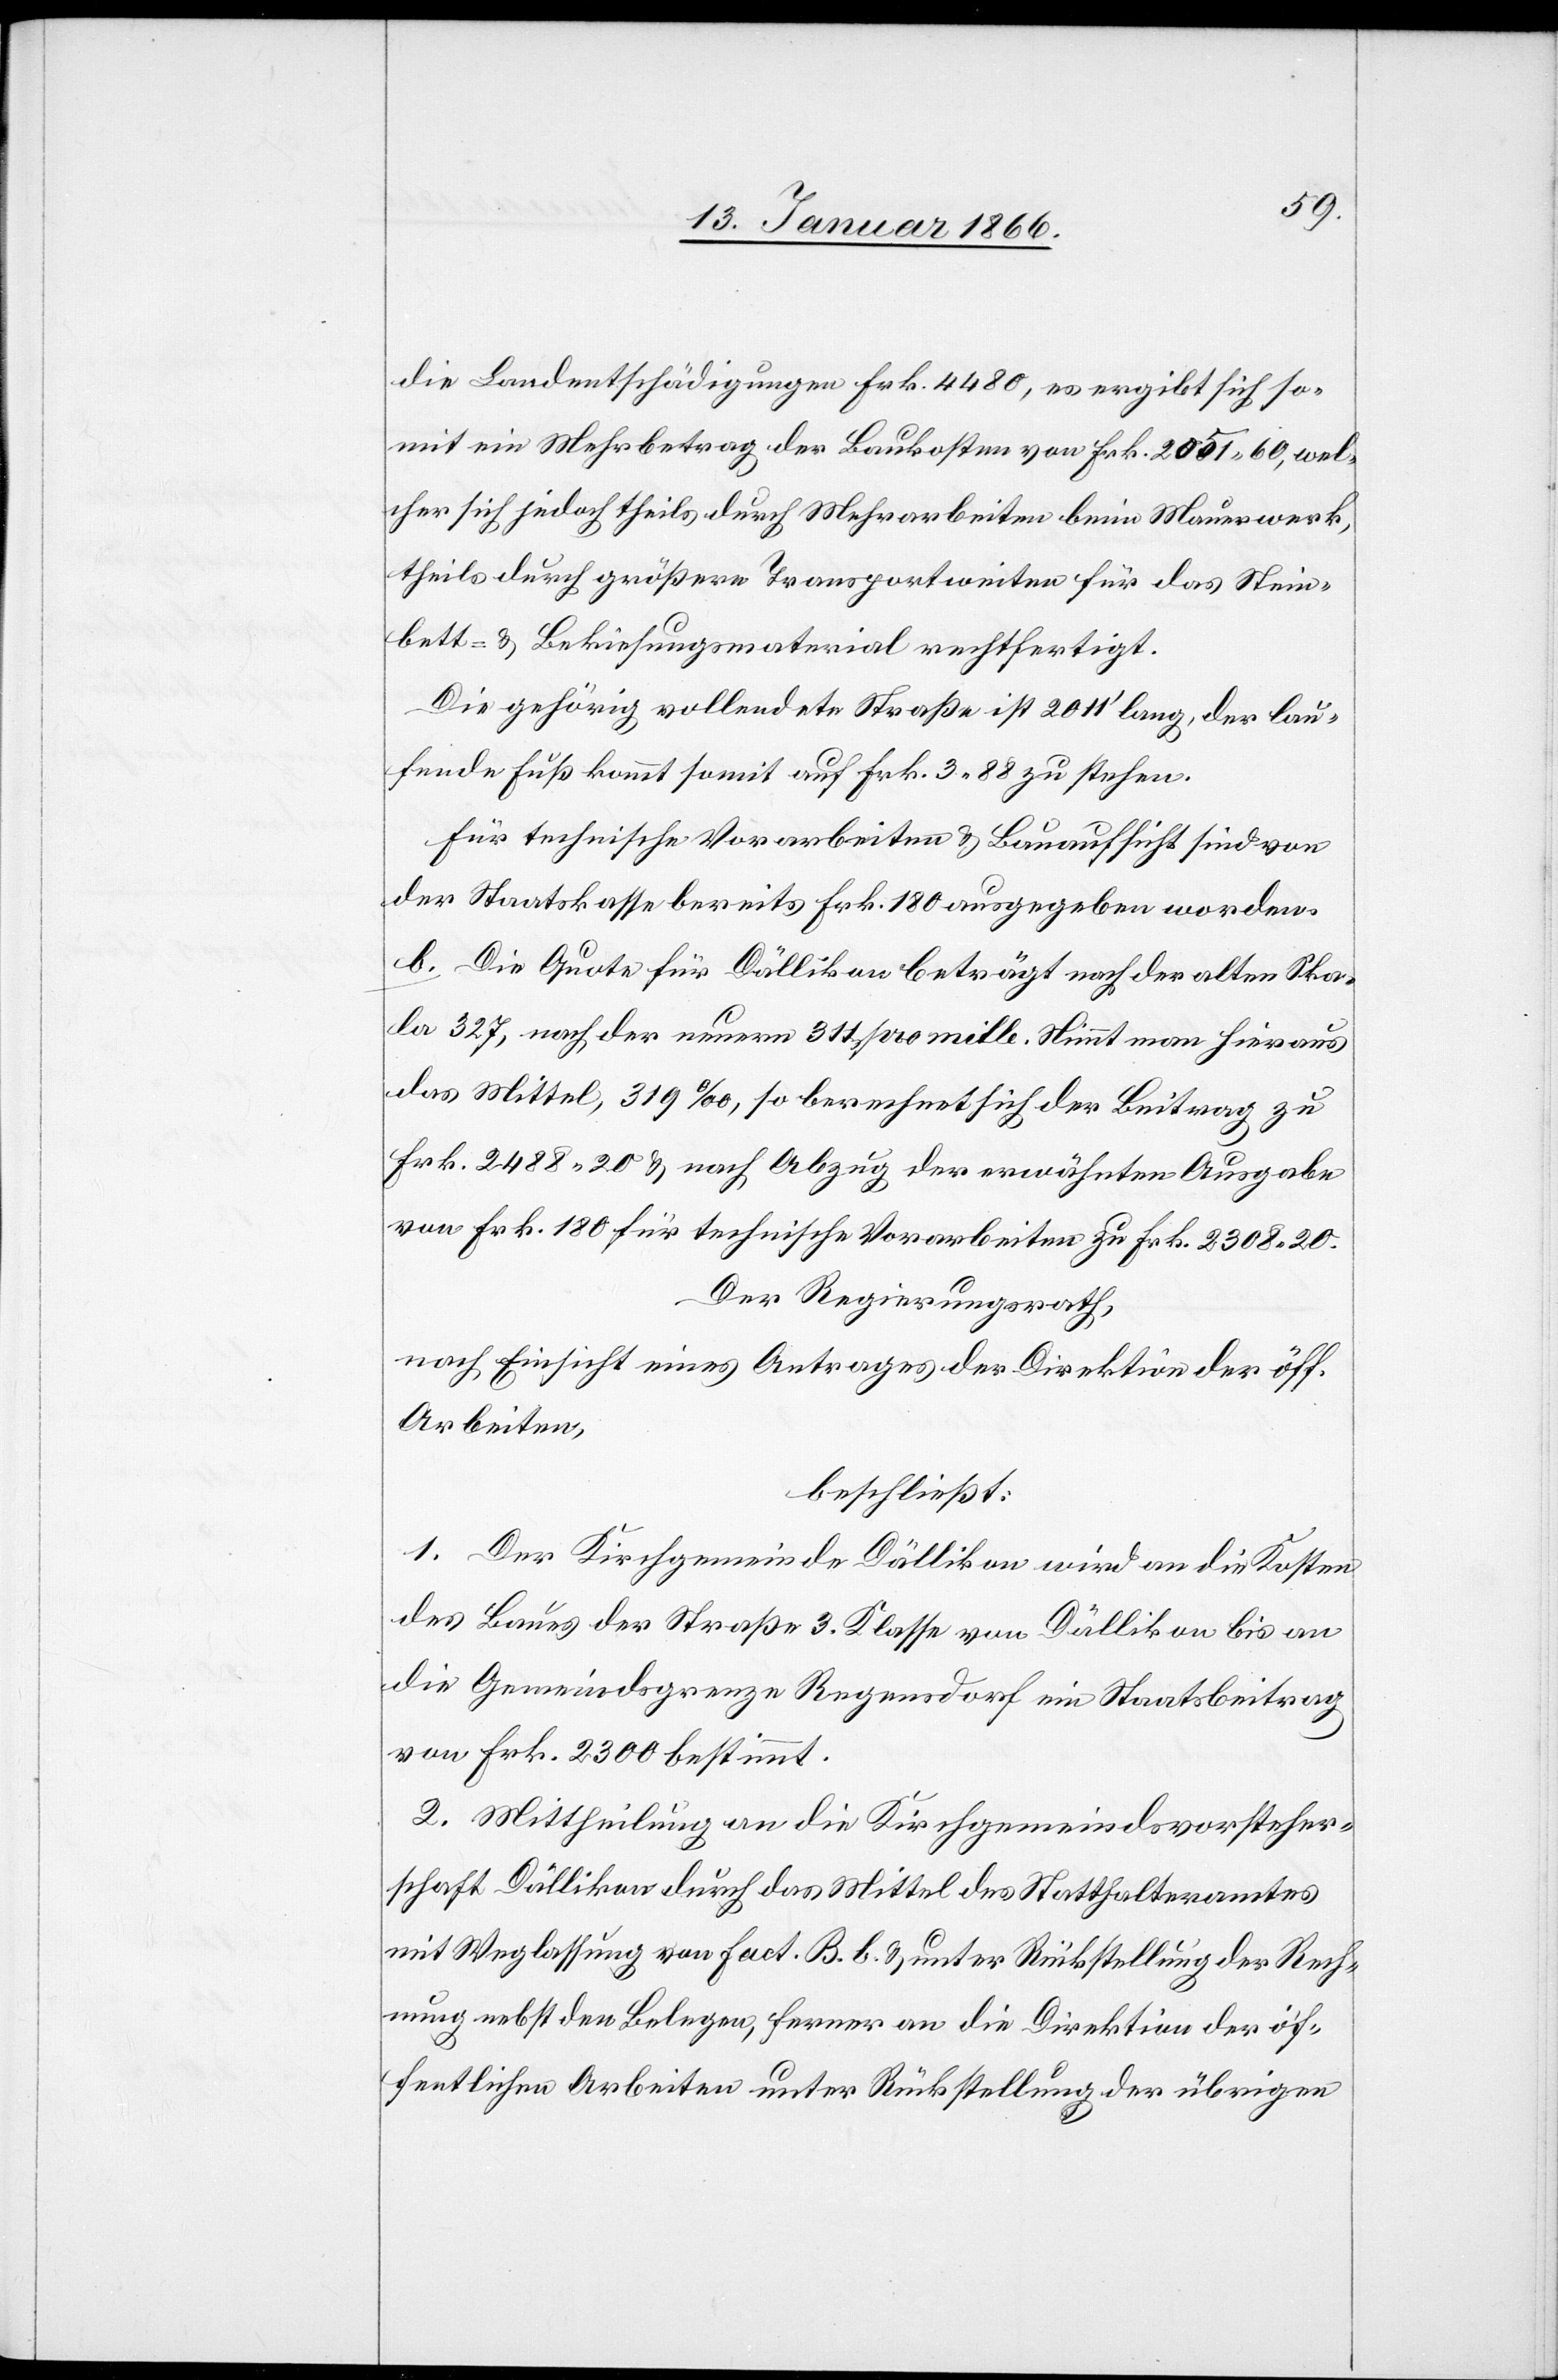
die Landentschädigungen Frk. 4480, es ergibt sich so¬
mit ein Mehrbetrag der Baukosten von Frk. 2051,60, wel¬
cher sich jedoch theils durch Mehrarbeiten beim Mauerwerk,
theils durch größere Transportweiten für das Stein¬
bett- u. Bekiesungsmaterial rechtfertigt.
Die gehörig vollendete Straße ist 2011' lang, der lau¬
fende Fuß kommt somit auf Frk. 3,88 zu stehen.
Für technische Vorarbeiten u. Bauaufsicht sind von
der Staatskasse bereits Frk. 180 ausgegeben worden.
b. Die Quote für Dällikon beträgt nach der alten Ska¬
la 327, nach der neuen 311 pro mille. Nimmt man hiraus
das Mittel, 319‰ so berechnet sich der Beitrag zu
Frk. 2488,20 u. nach Abzug der erwähnten Ausgabe
von Frk. 180 für technische Vorarbeiten zu Frk. 2308,20.
Der Regierungsrath,
nach Einsicht eines Antrages der Direktion der öff.
Arbeiten,
beschließt:
1. Der Kirchgemeinde Dällikon wird an die Kosten
des Baues der Straße 3. Klasse von Dällikon bis an
die Gemeindsgrenze Regensdorf ein Staatsbeitrag
von Frk. 2300 bestimmt.
2. Mittheilung an die Kirchgemeindsvorsteher¬
schaft Dällikon durch das Mittel des Statthalteramtes
mit Weglassung von Fact. B.b. u. unter Rückstellung der Rech¬
nung nebst den Belegen, ferner an die Direktion der öf¬
fentlichen Arbeiten unter Rückstellung der übrigen